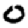
Digit: 0